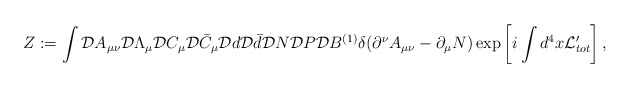
\begin{align*}Z := \int {\cal D}A_{\mu\nu} {\cal D}\Lambda_\mu {\cal D}C_\mu {\cal D}\bar C_\mu {\cal D}d {\cal D}\bar d {\cal D}N {\cal D}P {\cal D}B^{(1)} \delta(\partial^\nu A_{\mu\nu}-\partial_\mu N)\exp \left[ i \int d^4x {\cal L}_{tot}' \right] ,\end{align*}